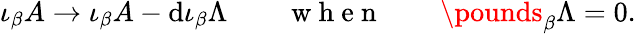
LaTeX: \iota_{\beta}A\to\iota_{\beta}A-\mathrm{d}\iota_{\beta}\Lambda\qquad\mathrm{~w~h~e~n~}\qquad\pounds_{\beta}\Lambda=0.